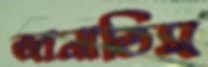
জানাতিস